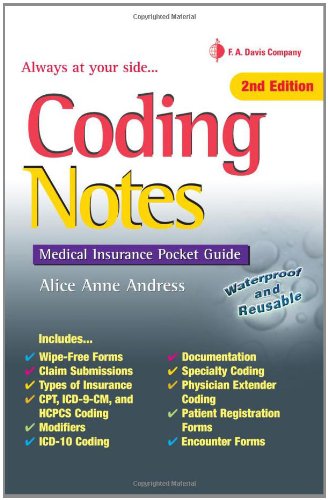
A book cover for Coding Notes: Medical Insurance Pocket Guide (Davis's Notes); Alice Anne Andress CCS-P  CCP; Medical Books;